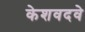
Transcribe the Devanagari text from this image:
केशवदवे